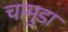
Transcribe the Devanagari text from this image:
चामुडा